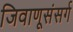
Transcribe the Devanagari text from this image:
जिवाणूसंसर्ग